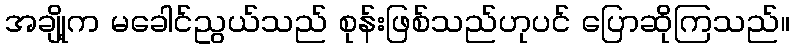
အချို့က မခေါင်ညွယ်သည် စုန်းဖြစ်သည်ဟုပင် ပြောဆိုကြသည်။